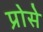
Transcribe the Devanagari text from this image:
प्रोसे